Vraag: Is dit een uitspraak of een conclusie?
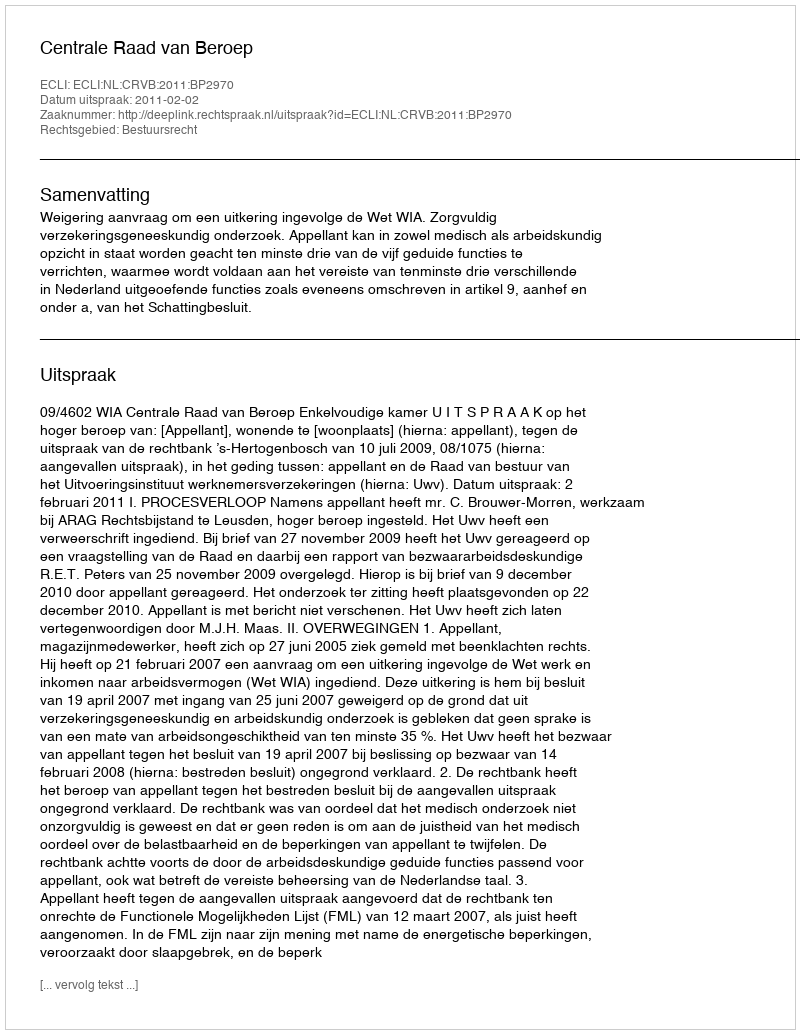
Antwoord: Uitspraak